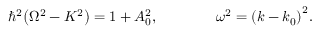
\hbar ^ { 2 } { \left( \Omega ^ { 2 } - K ^ { 2 } \right) } = 1 + A _ { 0 } ^ { 2 } , \qquad \qquad \omega ^ { 2 } = { \left( k - k _ { 0 } \right) } ^ { 2 } .